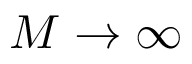
M \to \infty